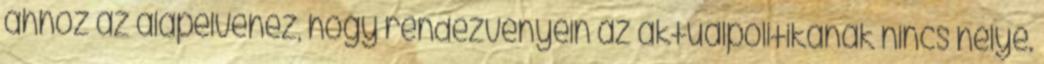
ahhoz az alapelvéhez, hogy rendezvényein az aktuálpolitikának nincs helye.